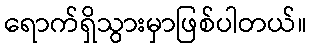
ရောက်ရှိသွားမှာဖြစ်ပါတယ်။